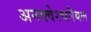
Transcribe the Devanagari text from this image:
अनक्वेश्चनैबल